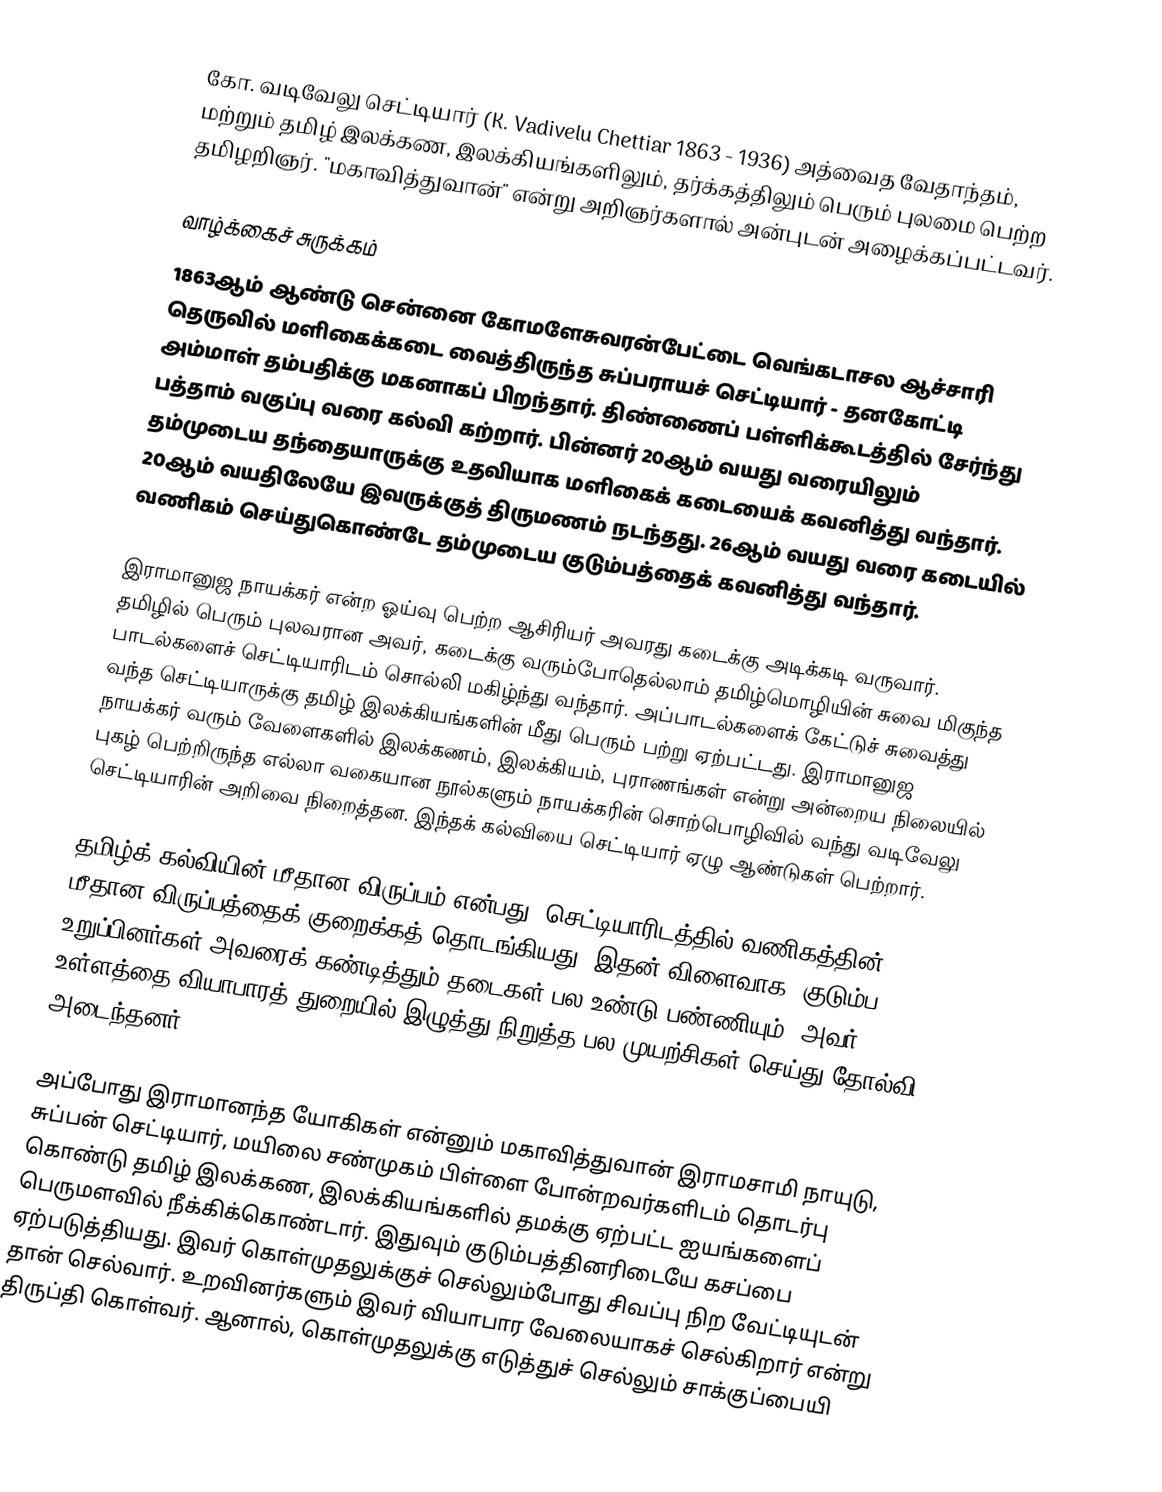
கோ. வடிவேலு செட்டியார் (K. Vadivelu Chettiar 1863 - 1936) அத்வைத வேதாந்தம், மற்றும் தமிழ் இலக்கண, இலக்கியங்களிலும், தர்க்கத்திலும் பெரும் புலமை பெற்ற தமிழறிஞர். "மகாவித்துவான்" என்று அறிஞர்களால் அன்புடன் அழைக்கப்பட்டவர்.

வாழ்க்கைச் சுருக்கம்
1863ஆம் ஆண்டு சென்னை கோமளேசுவரன்பேட்டை வெங்கடாசல ஆச்சாரி தெருவில் மளிகைக்கடை வைத்திருந்த சுப்பராயச் செட்டியார் - தனகோட்டி அம்மாள் தம்பதிக்கு மகனாகப் பிறந்தார். திண்ணைப் பள்ளிக்கூடத்தில் சேர்ந்து பத்தாம் வகுப்பு வரை கல்வி கற்றார். பின்னர் 20ஆம் வயது வரையிலும் தம்முடைய தந்தையாருக்கு உதவியாக மளிகைக் கடையைக் கவனித்து வந்தார். 20ஆம் வயதிலேயே இவருக்குத் திருமணம் நடந்தது. 26ஆம் வயது வரை கடையில் வணிகம் செய்துகொண்டே தம்முடைய குடும்பத்தைக் கவனித்து வந்தார்.

இராமானுஜ நாயக்கர் என்ற ஓய்வு பெற்ற ஆசிரியர் அவரது கடைக்கு அடிக்கடி வருவார். தமிழில் பெரும் புலவரான அவர், கடைக்கு வரும்போதெல்லாம் தமிழ்மொழியின் சுவை மிகுந்த பாடல்களைச் செட்டியாரிடம் சொல்லி மகிழ்ந்து வந்தார். அப்பாடல்களைக் கேட்டுச் சுவைத்து வந்த செட்டியாருக்கு தமிழ் இலக்கியங்களின் மீது பெரும் பற்று ஏற்பட்டது. இராமானுஜ நாயக்கர் வரும் வேளைகளில் இலக்கணம், இலக்கியம், புராணங்கள் என்று அன்றைய நிலையில் புகழ் பெற்றிருந்த எல்லா வகையான நூல்களும் நாயக்கரின் சொற்பொழிவில் வந்து வடிவேலு செட்டியாரின் அறிவை நிறைத்தன. இந்தக் கல்வியை செட்டியார் ஏழு ஆண்டுகள் பெற்றார்.

தமிழ்க் கல்வியின் மீதான விருப்பம் என்பது, செட்டியாரிடத்தில் வணிகத்தின் மீதான விருப்பத்தைக் குறைக்கத் தொடங்கியது. இதன் விளைவாக, குடும்ப உறுப்பினர்கள் அவரைக் கண்டித்தும் தடைகள் பல உண்டு பண்ணியும், அவர் உள்ளத்தை வியாபாரத் துறையில் இழுத்து நிறுத்த பல முயற்சிகள் செய்து தோல்வி அடைந்தனர்.

அப்போது இராமானந்த யோகிகள் என்னும் மகாவித்துவான் இராமசாமி நாயுடு, சுப்பன் செட்டியார், மயிலை சண்முகம் பிள்ளை போன்றவர்களிடம் தொடர்பு கொண்டு தமிழ் இலக்கண, இலக்கியங்களில் தமக்கு ஏற்பட்ட ஐயங்களைப் பெருமளவில் நீக்கிக்கொண்டார். இதுவும் குடும்பத்தினரிடையே கசப்பை ஏற்படுத்தியது. இவர் கொள்முதலுக்குச் செல்லும்போது சிவப்பு நிற வேட்டியுடன் தான் செல்வார். உறவினர்களும் இவர் வியாபார வேலையாகச் செல்கிறார் என்று திருப்தி கொள்வர். ஆனால், கொள்முதலுக்கு எடுத்துச் செல்லும் சாக்குப்பையி